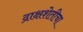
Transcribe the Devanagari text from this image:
द्राक्षशेतीचा